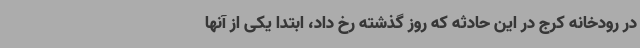
در رودخانه کرج در این حادثه که روز گذشته رخ داد، ابتدا یکی از آنها